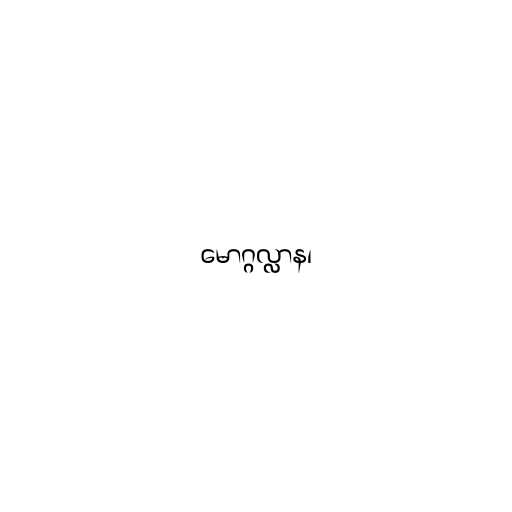
မောဂ္ဂလ္လာန၊